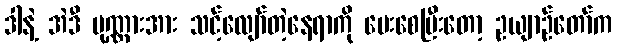
ဒါနဲ့ အဲဒီ ပုဏ္ဏားအား သင့်လျော်တဲ့နေရာကို ပေးစေပြီးတော့ ဥယျာဉ်တော်က